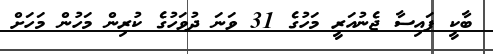
ބާކީ ފައިސާ ޖެނުއަރީ މަހުގެ 31 ވަނަ ދުވަހުގެ ކުރިން މަހުން މަހަށް